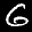
Label: 6